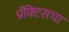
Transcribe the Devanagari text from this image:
प्रॅक्‍टिसचा